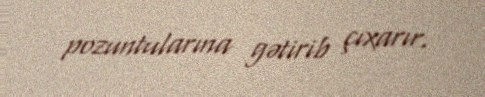
pozuntularına gətirib çıxarır.